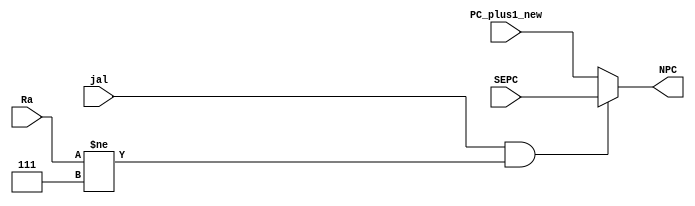
module R7_control_ID(jal,SEPC,PC_plus1_new,Ra,NPC);
	input jal;
	input [15:0] SEPC,PC_plus1_new;
	input [2:0] Ra;
	output reg [15:0] NPC;
	
	always @(*)
		begin
			if(jal && Ra!=3'b111)
						NPC=SEPC;
			else
				NPC=PC_plus1_new;
		end 
	
endmodule